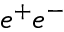
e ^ { + } e ^ { - }